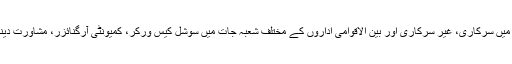
اس کے علاوہ ہر سال شعبے کے فارغ التحصیل طلباء و طالبات پاکستان کے ہر شہر میں سرکاری، غیر سرکاری اور بین الاقوامی اداروں کے مختلف شعبہ جات میں سوشل کیس ورکر، کمیونٹی آرگنائزر، مشاورت دینے والے(کونسلر)، کے طور پر اپنی خدمات بھرپور طریقے سے انجام دے رہے ہیں۔